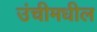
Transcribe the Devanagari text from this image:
उंचीमधील